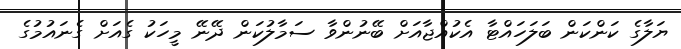
ޔަލާގެ ކަންކަން ބަލަހައްޓާ އެކުއްޖާއަށް ބޭނުންވާ ސަމާލުކަން ދޭނޭ މީހަކު ގެއަށް ގެނައުމުގެ